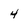
Character: 4